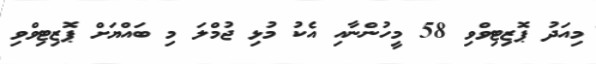
މިއަދު ޕޮޒިޓިވްވި 58 މީހުންނާއި އެކު މުޅި ޖުމްލަ މި ބައްޔަށް ޕޮޒިޓިވްވި